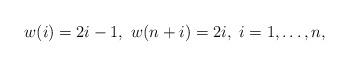
LaTeX: \begin{align*}w(i)=2i-1,\ w(n+i)=2i,\ i=1,\dots,n,\end{align*}